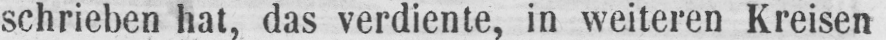
schrieben hat, das verdiente, in weiteren Kreisen